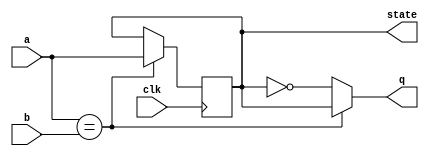
module top_module (
    input clk,
    input a,
    input b,
    output q,
    output reg state  );
    
    always @(posedge clk) begin
        state <= a == b ? a : state;
    end
    
    assign q = a == b ? state : ~state;

endmodule